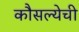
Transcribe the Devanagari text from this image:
कौसल्येची